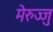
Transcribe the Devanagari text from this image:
मेरुज्जु